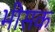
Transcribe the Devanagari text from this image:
भीसक